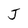
Character: J